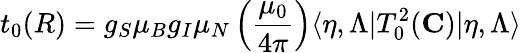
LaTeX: t_{0}(R)=g_{S}\mu_{B}g_{I}\mu_{N}\left(\frac{\mu_{0}}{4\pi}\right)\langle\eta,\Lambda|T_{0}^{2}({\mathbf C})|\eta,\Lambda\rangle